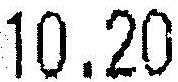
10.20